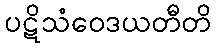
ပဋိသံဝေဒယတီတိ